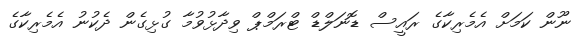
ނޫން ކަމަށް އެމެރިކާގެ ރައީސް ޑޮނަލްޑް ޓްރަމްޕް ވިދާޅުވުމާ ގުޅިގެން ދެކުނު އެމެރިކާގެ